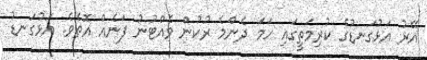
އޭރު އަޅުގަނޑުގެ ކުރިމަތީގައި ހަމަ ދެންމެ ރުކުން ވެއްޓުނު ފަނެއް އޮތެވެ. އަޅުގަނޑު